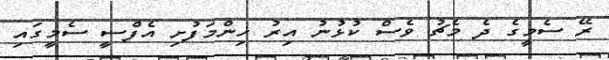
ރޭ ސެމީގެ ދެ މެޗު ވެސް ކުޅުނު އިރު ހިންމަފުށި އެފްސީ ސެމީގައި